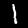
Label: 1